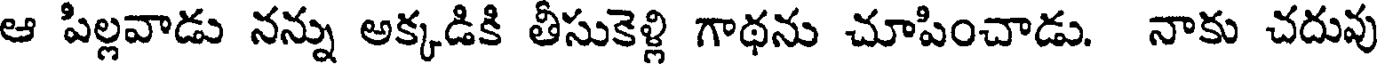
ఆ పిల్లవాడు నన్ను అక్కడికి తీసుకెళ్లి గాథను చూపించాడు. నాకు చదువు